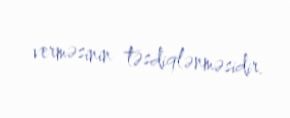
verməsinin təsdiqlənməsidir.